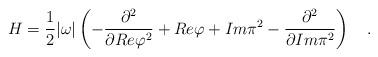
LaTeX: \begin{align*}H=\frac{1}{2}|\omega|\left(-\frac{\partial^2}{\partial Re\varphi^2}+Re\varphi+Im\pi^2-\frac{\partial^2}{\partial Im\pi^2}\right) \ \ \ .\end{align*}